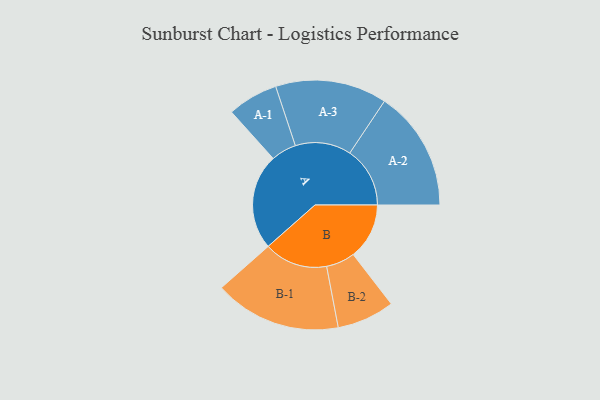
{"axis": {"x": "Segment", "y": "Value"}, "legend": ["", "A", "B"], "data": [{"x": "A", "y": 436, "type": ""}, {"x": "B", "y": 255, "type": ""}, {"x": "A-1", "y": 115, "type": "A"}, {"x": "A-2", "y": 274, "type": "A"}, {"x": "A-3", "y": 254, "type": "A"}, {"x": "B-1", "y": 289, "type": "B"}, {"x": "B-2", "y": 131, "type": "B"}]}